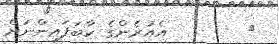
٦        އެއުރެންގެ ކާބަފައިންނަށް